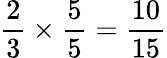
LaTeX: {\frac{2}{3}}\times{\frac{5}{5}}={\frac{10}{15}}